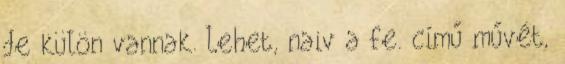
de külön vannak. Lehet, naiv a fe. című művét,